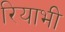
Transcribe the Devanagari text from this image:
रियाभी